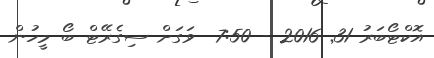
އޮކްޓޯބަރު 31